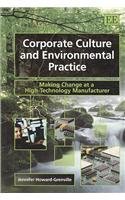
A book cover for Corporate Culture and Environmental Practice: Making Change at a High-Technology Manufacturer; Jennifer Howard-Grenville; Business & Money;